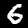
Label: 6